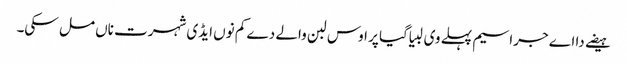
ہیضے دا اے جراسیم پہلے وی لبیا گیا پر اوس لبن والے دے کم نوں ایڈی شہرت ناں مل سکی۔